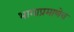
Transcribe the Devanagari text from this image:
भागाप्रमाणेच